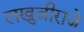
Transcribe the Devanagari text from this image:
लखुजीराजे